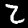
Label: 2